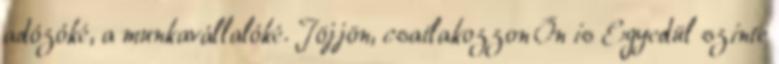
adózóké, a munkavállalóké. Jöjjön, csatlakozzon Ön is Egyedül szinte